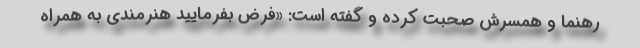
رهنما و همسرش صحبت کرده و گفته است: «فرض بفرمایید هنرمندی به همراه